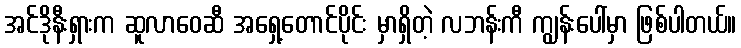
အင်ဒိုနီးရှားက ဆူလာဝေဆီ အရှေ့တောင်ပိုင်း မှာရှိတဲ့ လဘန်းကီ ကျွန်းပေါ်မှာ ဖြစ်ပါတယ်။